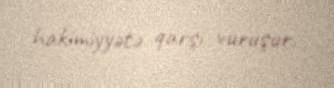
hakimiyyətə qarşı vuruşur.